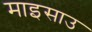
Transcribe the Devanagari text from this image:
माइसाउ